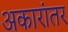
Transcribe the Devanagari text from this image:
अकारांतर